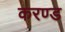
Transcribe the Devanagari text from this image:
करण्ड